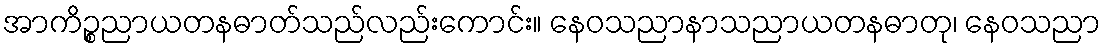
အာကိဉ္စညာယတနဓာတ်သည်လည်းကောင်း။ နေဝသညာနာသညာယတနဓာတု၊ နေဝသညာ